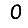
Digit: 0